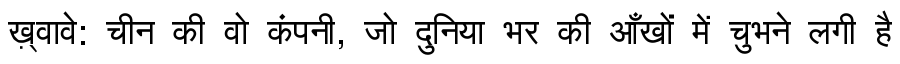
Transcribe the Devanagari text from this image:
ख़्वावे: चीन की वो कंपनी, जो दुनिया भर की आँखों में चुभने लगी है